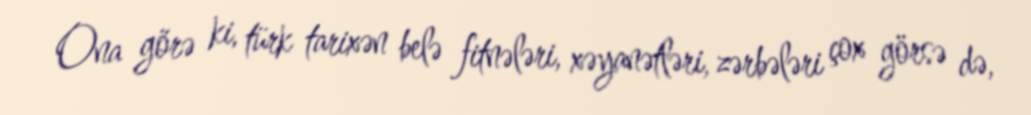
Ona görə ki, türk tarixən belə fitnələri, xəyanətləri, zərbələri çox görsə də,